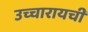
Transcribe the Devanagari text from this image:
उच्चारायची